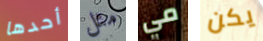
أحدها مثل مي يكن